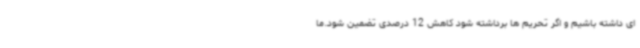
ای داشته باشیم و اگر تحریم ها برداشته شود کاهش 12 درصدی تضمین شود.ما